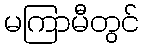
မကြာမီတွင်